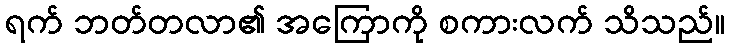
ရက် ဘတ်တလာ၏ အကြောကို စကားလက် သိသည်။